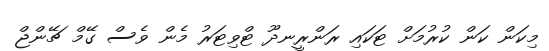
މިކަން ކަން ކުރުމަށް ޓަކައި ރަންރީނދޫ ޓްވިޓަރު މެން ވެސް ގޭމް ޗޭންޖް